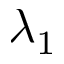
\lambda _ { 1 }